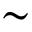
\sim